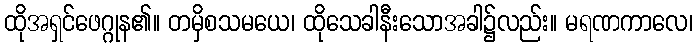
ထိုအရှင်ဖေဂ္ဂုန၏။ တမှိစသမယေ၊ ထိုသေခါနီးသောအခါ၌လည်း။ မရဏကာလေ၊